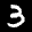
Label: 3